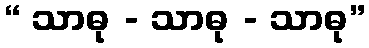
“ သာဓု - သာဓု - သာဓု”